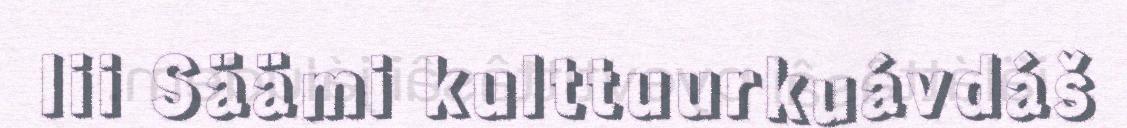
lii Säämi kulttuurkuávdáš